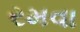
રમવા